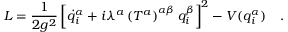
L = \frac { 1 } { 2 g ^ { 2 } } \left[ \dot { q } _ { i } ^ { \alpha } + i \lambda ^ { a } \left( T ^ { a } \right) ^ { \alpha \beta } q _ { i } ^ { \beta } \right] ^ { 2 } - V ( q _ { i } ^ { \alpha } ) \ \ \ .